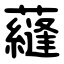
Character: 蘕